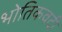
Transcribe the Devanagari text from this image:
भोतिकवदी